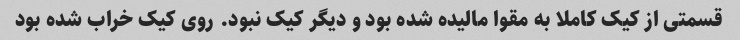
قسمتی از کیک کاملا به مقوا مالیده شده بود و دیگر کیک نبود. روی کیک خراب شده بود